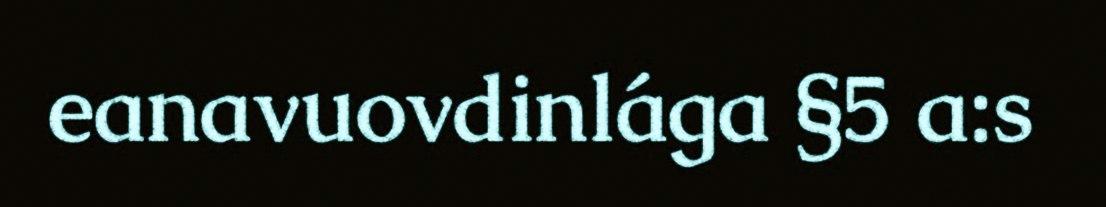
eanavuovdinlága §5 a:s